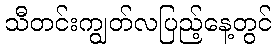
သီတင်းကျွတ်လပြည့်နေ့တွင်